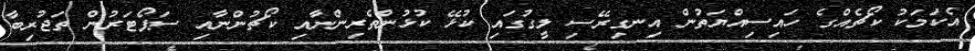
އެކަމަކު ކޯޗެއްގެ ހައިސިއްޔަތުން އިނގިރޭސި ލީގުގައި ކުޅޭ ކުޅުންތެރިންނާއި ކޯޗުންނާއި ސަޕޯޓަރުން ތަޖުރިބާ